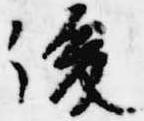
後